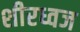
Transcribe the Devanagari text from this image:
शीरध्वज